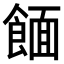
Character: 𫗖